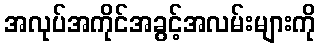
အလုပ်အကိုင်အခွင့်အလမ်းများကို